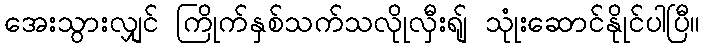
အေးသွားလျှင် ကြိုက်နှစ်သက်သလိုုလှီးရျ် သုုံးဆောင်နိုုင်ပါပြီ။